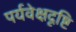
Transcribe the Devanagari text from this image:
पर्यवेक्षदृष्टि